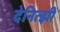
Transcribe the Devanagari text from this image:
देनित्झी